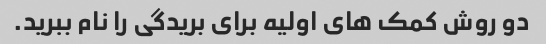
دو روش کمک های اولیه برای بریدگی را نام ببرید.